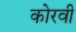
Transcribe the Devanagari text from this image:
कोरवी